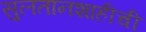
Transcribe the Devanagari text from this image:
सुलतानशाहीची